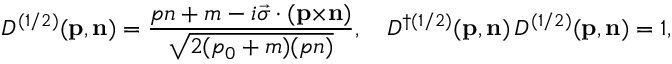
{ D } ^ { ( 1 / 2 ) } ( { \bf p } , { \bf n } ) = \frac { p n + m - i { \vec { \sigma } } \cdot ( { \bf p } { \times } { \bf n } ) } { \sqrt { 2 ( p _ { 0 } + m ) ( p n ) } } , \quad { D } ^ { \dag ( 1 / 2 ) } ( { \bf p } , { \bf n } ) \, { D } ^ { ( 1 / 2 ) } ( { \bf p } , { \bf n } ) = 1 ,